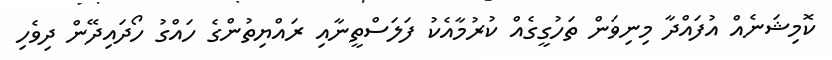
ކޮމިޝަނެއް އުފައްދާ މިނިވަން ތަހުގީގެއް ކުރުމާއެކު ފަލަސްތީނާއި ރައްޔިތުންގެ ހައްގު ހޯދައިދޭން ދިވެހި